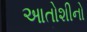
આતોશીનો